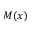
M ( x )